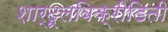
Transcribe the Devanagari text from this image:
शार्दूलविक्रीडिती